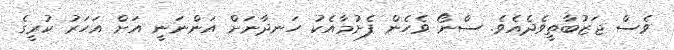
ވެސް ޖަޒުބާތީވެދެއެވެ. ސްނޯ ވެހެން ފެށުމާއެކު ހަނދާނަށް އަންނަނީ އަށް އަހަރު ކުރީގެ